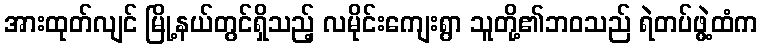
အားထုတ်လျင် မြို့နယ်တွင်ရှိသည့် လမိုင်းကျေးရွာ သူတို့၏ဘဝသည် ရဲတပ်ဖွဲ့ထံက